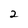
Character: 2